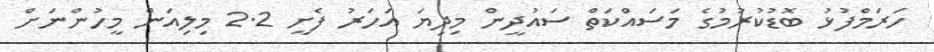
ހަރަމްފުޅު ބޮޑުކުރުމުގެ މަސައްކަތް ސައުދީން މިދިޔަ އަހަރު ފެށީ 2.2 މިިލިއަން މީހުންނަށް